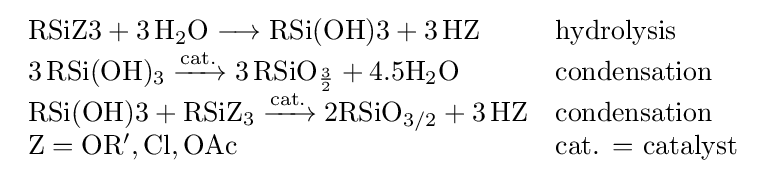
{\begin{array}{ll}{{\text{RSiZ3}}{}+{}3\,\mathrm {H} {\vphantom {A}}_{\smash[{t}]{2}}\mathrm {O} {}\mathrel {\longrightarrow } {}{\text{RSi(OH)3}}{}+{}3\,\mathrm {HZ} }&{\text{hydrolysis}}\\{3\,\mathrm {RSi} (\mathrm {OH} ){\vphantom {A}}_{\smash[{t}]{3}}{}\mathrel {\xrightarrow {\text{cat.}} } {}3\,\mathrm {RSiO} {\vphantom {A}}_{\smash[{t}]{\mathchoice {\textstyle {\frac {3}{2}}}{\frac {3}{2}}{\frac {3}{2}}{\frac {3}{2}}}}}+4.5{\mathrm {H} {\vphantom {A}}_{\smash[{t}]{2}}\mathrm {O} }&{\text{condensation}}\\{{\text{RSi(OH)3}}{}+{}\mathrm {RSiZ} {\vphantom {A}}_{\smash[{t}]{3}}{}\mathrel {\xrightarrow {\text{cat.}} } {}{\mathrm {2RSiO_{3/2}} }{}+{}3\,\mathrm {HZ} }&{\text{condensation}}\\\mathrm {Z=OR',Cl,OAc} &{\text{cat. = catalyst}}\end{array}}